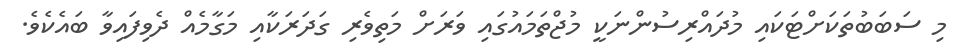
މި ސަބަބުތަކަށްޓަކައި މުދައްރިސުންނަކީ މުޖްތަމައުގައި ވަރަށް މަތިވެރި ގަދަރަކާއި މަގާމެއް ދެވިފައިވާ ބައެކެވެ.